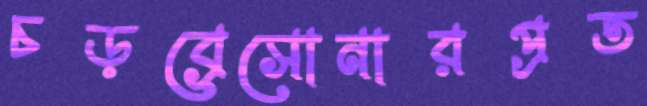
চড়ব্রেসোনারপ্রত